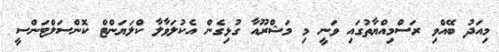
މިއަދު ބޭއްވި ރަސްމިއްޔާތުގައި ވަނީ މި މަޝްރޫއާ ގުޅިގެން އެކުލަވާލާ ކްލަޔަންޓް ކޮންސަލްޓަންސީ